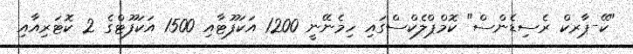
"ކޭ-ޕާރކް ރެސިޑެންސް" ކޮމްޕްލެކްސްގައި ހިމެނޭނީ 1200 އަކަފޫޓާއި 1500 އަކަފޫޓްގެ 2 ކޮޓަރިއާއި